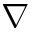
\nabla